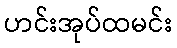
ဟင်းအုပ်ထမင်း